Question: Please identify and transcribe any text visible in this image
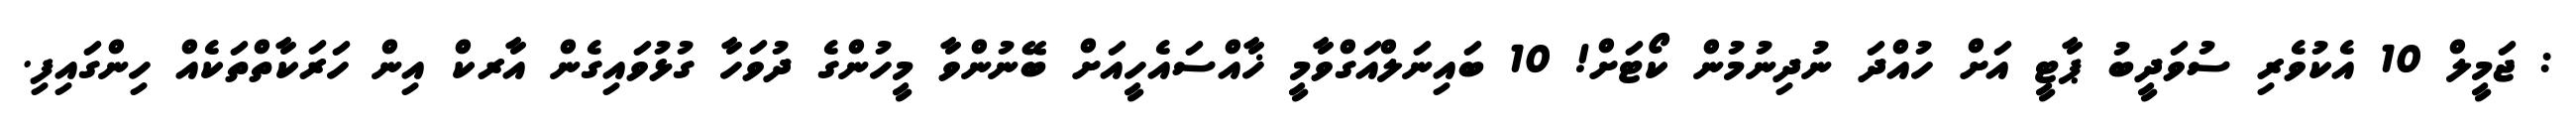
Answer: : ޖަމީލް 10 އެކުވެރި ސުވަދީބު ޕާޓީ އަށް ހުއްދަ ނުދިނުމުން ކޯޓަށް! 10 ބައިނަލްއަގްވާމީ ޚާއްސައެހީއަށް ބޭނުންވާ މީހުންގެ ދުވަހާ ގުޅުވައިގެން އާރކް އިން ހަރަކާތްތަކެއް ހިންގައިފި.